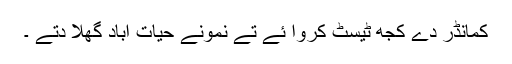
کمانڈر دے کجھ ٹیسٹ کروا ئے تے نمونے حیات آباد گھلا دتے ۔